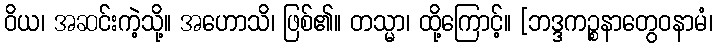
ဝိယ၊ အဆင်းကဲ့သို့။ အဟောသိ၊ ဖြစ်၏။ တသ္မာ၊ ထို့ကြောင့်။ [ဘဒ္ဒကဉ္စနာတွေဝနာမံ၊